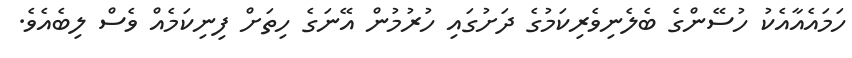
ހަމައެއާއެކު ހުސޭންގެ ބެލެނިވެރިކަމުގެ ދަށުގައި ހުރުމުން އޭނަގެ ހިތަށް ފިނިކަމެއް ވެސް ލިބެއެވެ.